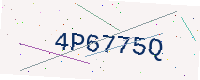
Text: 4P6775Q